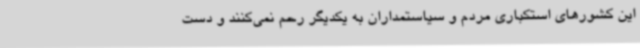
این کشورهای استکباری مردم و سیاستمداران به یکدیگر رحم نمی‌کنند و دست